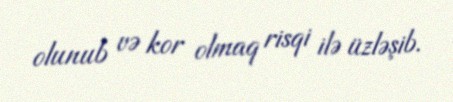
olunub və kor olmaq risqi ilə üzləşib.